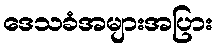
ဒေသခံအများအပြား